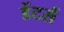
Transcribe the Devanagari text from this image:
डेंटर्स